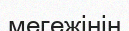
мегежінін